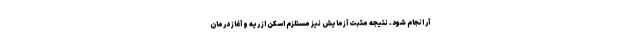
آر انجام شود. نتیجه مثبت آزمایش نیز مستلزم اسکن از ریه و آغاز درمان